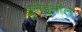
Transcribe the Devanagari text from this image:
ब्रुनेईतील